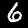
Label: 6